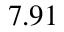
7 . 9 1